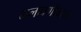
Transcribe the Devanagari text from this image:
भलावणीवरुन